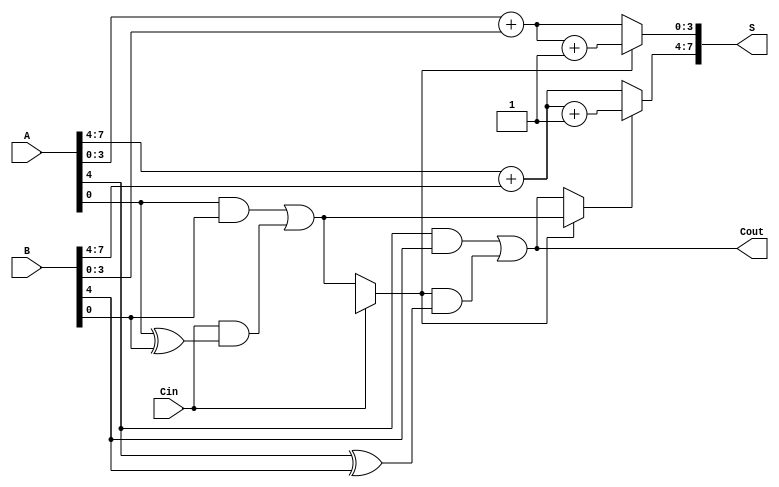
module ConditionalCarrySelectAdder #(parameter n = 8, parameter k = 4) (
    input [n-1:0] A,
    input [n-1:0] B,
    input Cin,
    output [n-1:0] S,
    output Cout
);
    localparam m = n / k; // Number of segments
    wire [k-1:0] S0[m-1:0], S1[m-1:0]; // Sums for carry-in 0 and 1
    wire C[m-1:0]; // Carry-out for each segment
    wire [m-1:0] carry; // Carry selection signals

    // Segment-level addition
    genvar i;
    generate
        for (i = 0; i < m; i = i + 1) begin: segment
            wire [k-1:0] A_seg = A[i*k +: k]; // Extract segment A
            wire [k-1:0] B_seg = B[i*k +: k]; // Extract segment B
            wire prev_carry = (i == 0) ? Cin : carry[i-1]; // Previous carry

            // Sum S0 with carry-in 0
            assign S0[i] = A_seg + B_seg;

            // Sum S1 with carry-in 1
            assign S1[i] = A_seg + B_seg + 1'b1;

            // Carry-out of the current segment
            assign C[i] = (A_seg & B_seg) | (prev_carry & (A_seg ^ B_seg));

            // Carry selection logic
            assign carry[i] = (prev_carry) ? C[i-1] : C[i];
        end
    endgenerate

    // Final sum selection using carry-in
    generate
        for (i = 0; i < m; i = i + 1) begin: mux
            assign S[i*k +: k] = (carry[i]) ? S1[i] : S0[i];
        end
    endgenerate

    // Final carry-out
    assign Cout = C[m-1];

endmodule